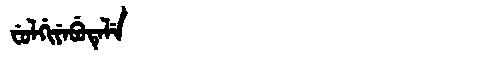
Manchu: ᠸᡠᠯᡤᡳᠶᡝᠪᡠᡨᡝᠯᡝ
Romanization: FULGIYEBUTELE